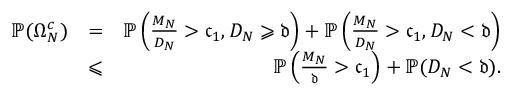
\begin{array} { r l r } { \mathbb P ( \Omega _ { N } ^ { c } ) } & { = } & { \mathbb P \left( \frac { M _ { N } } { D _ { N } } > \mathfrak c _ { 1 } , D _ { N } \geqslant \mathfrak d \right) + \mathbb P \left( \frac { M _ { N } } { D _ { N } } > \mathfrak c _ { 1 } , D _ { N } < \mathfrak d \right) } \\ & { \leqslant } & { \mathbb P \left( \frac { M _ { N } } { \mathfrak d } > \mathfrak c _ { 1 } \right) + \mathbb P ( D _ { N } < \mathfrak d ) . } \end{array}